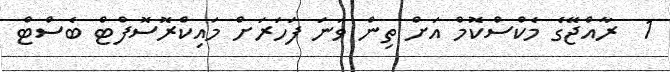
1  ރާއްޖޭގެ މެކްސްކޮމް އަށް ތިން ވަނަ ފަހަރަށް މައިކްރޮސޮފްޓް ބެސްޓް